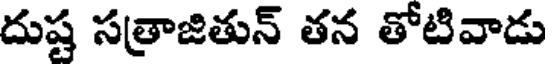
దుష్ట సత్రాజితున్ తన తోటివాడు